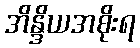
အိန္ဒိယအစိုးရ